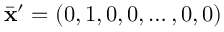
\Bar { \mathbf { x } } ^ { \prime } = ( 0 , 1 , 0 , 0 , \dots , 0 , 0 )